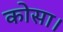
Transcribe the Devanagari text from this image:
कोसा।